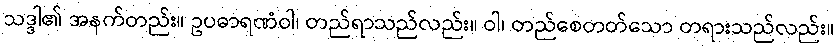
သဒ္ဒါ၏ အနက်တည်း။ ဥပဓာရဏံဝါ၊ တည်ရာသည်လည်း။ ဝါ၊ တည်စေတတ်သော တရားသည်လည်း။